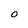
Character: o